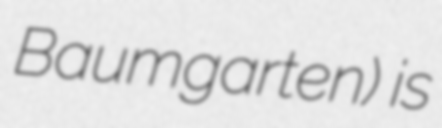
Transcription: Baumgarten) is